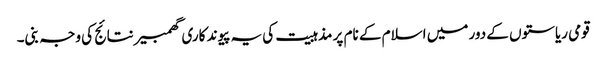
قومی ریاستوں کے دور میں اسلام کے نام پر مذہبیت کی یہ پیوند کاری گھمبیر نتائج کی وجہ بنی۔